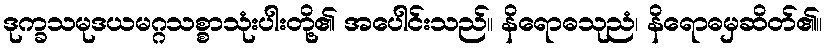
ဒုက္ခသမုဒယမဂ္ဂသစ္စာသုံးပါးတို့၏ အပေါင်းသည်။ နိရောဓသုညံ၊ နိရောဓမှဆိတ်၏။